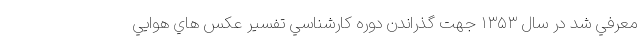
معرفي شد در سال ۱۳۵۳ جهت گذراندن دوره كارشناسي تفسير عكس هاي هوايي